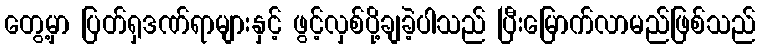
တွေ့မှာ ပြတ်ရှဒဏ်ရာများနှင့် ဖွင့်လှစ်ပို့ချခဲ့ပါသည် ပြီးမြောက်လာမည်ဖြစ်သည်